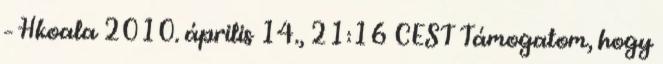
– Hkoala 2010. április 14., 21:16 CEST Támogatom, hogy